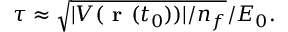
\tau \approx \sqrt { | V ( { \textbf { r } } ( t _ { 0 } ) ) | / n _ { f } } / E _ { 0 } .